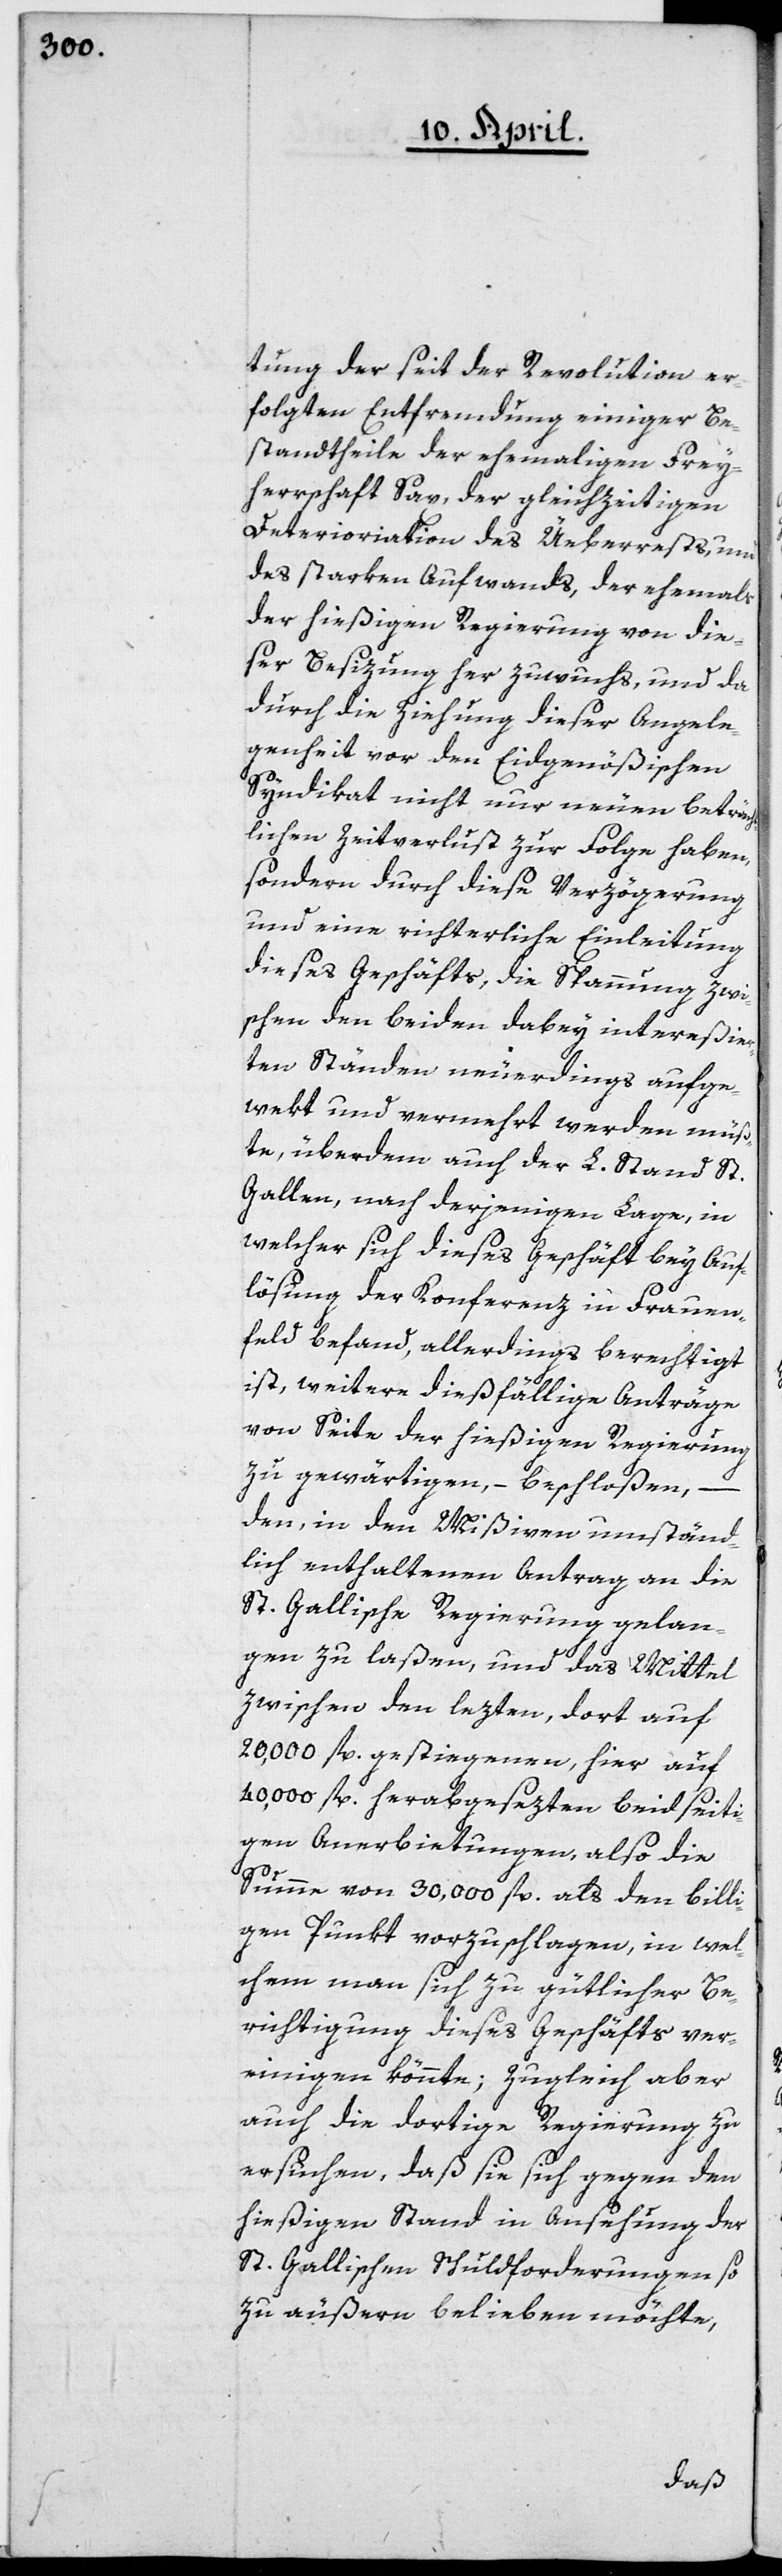
tung der seit der Revolution er¬
folgten Entfremdung einiger Be¬
standtheile der ehemaligen Frey¬
herrschaft Sax, der gleichzeitigen
Deterioriation des Ueberrests, und
des starken Aufwands, der ehemals
der hießigen Regierung von die¬
ser Besizung her zuwuchs, und da
durch die Ziehung dieser Angele¬
genheit vor den Eidgenößischen
Syndikat nicht nur neuen beträcht¬
lichen Zeitverlust zur Folge haben,
sondern durch diese Verzögerung
und eine richterliche Einleitung
dieses Geschäfts, die Spannung zwi¬
schen den beiden dabey intereßier¬
ten Ständen neuerdings aufge¬
wekt und vermehrt werden müß¬
te, überdem auch der L. Stand St.
Gallen, nach derjenigen Lage, in
welcher sich dieses Geschäft bey Auf¬
lösung der Konferenz in Frauen¬
feld befand, allerdings berechtigt
ist, weitere dießfällige Anträge
von Seite der hießigen Regierung
zu gewärtigen, – beschloßen –
den, in den Mißiven umständ¬
lich enthaltenen Antrag, an die
St. Gallische Regierung gelan¬
gen zu laßen, und das Mittel
zwischen den lezten, dort auf
20,000 fl. gestiegenen, hier auf
40,000 fl. herabgesezten beidseiti¬
gen Anerbietungen, also die
Summe von 30,000 fl. als den billi¬
gen Punkt vorzuschlagen, in wel¬
chem man sich zu gütlicher Be¬
richtigung dieses Geschäfts ver¬
einigen könnte; zugleich aber
auch die dortige Regierung zu
ersuchen, daß sie sich gegen den
hießigen Stand in Ansehung der
St. Gallischen Schuldforderungen so
zu äußern belieben möchte,